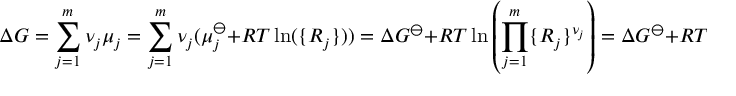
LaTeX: \Delta G = \sum _ { j = 1 } ^ { m } \nu _ { j } \mu _ { j } = \sum _ { j = 1 } ^ { m } \nu _ { j } ( \mu _ { j } ^ { \ominus } + R T \ln ( \{ R _ { j } \} ) ) = \Delta G ^ { \ominus } + R T \ln \left( \prod _ { j = 1 } ^ { m } \{ R _ { j } \} ^ { \nu _ { j } } \right) = \Delta G ^ { \ominus } + R T \ln ( K _ { c } )